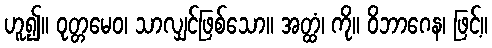
ဟူ၍။ ဝုတ္တမေဝ၊ သာလျှင်ဖြစ်သော။ အတ္ထံ၊ ကို။ ဝိဘာဂေန၊ ဖြင့်။